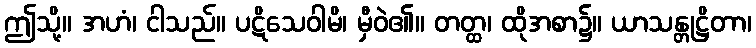
ဤသို့။ အဟံ၊ ငါသည်။ ပဋိသေဝါမိ၊ မှီဝဲ၏။ တတ္ထ၊ ထိုအစာ၌။ ယာသန္တုဋ္ဌိတာ၊